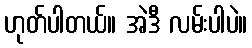
ဟုတ်ပါတယ်။ အဲဒီ လမ်းပါပဲ။